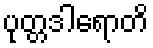
ပုတ္တဒါရောတိ